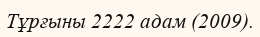
Тұрғыны 2222 адам (2009).